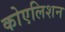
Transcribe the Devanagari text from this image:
कोएलिशन